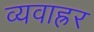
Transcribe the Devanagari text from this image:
व्यवाह्रर